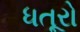
ધતૂરો